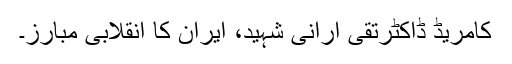
کامریڈ ڈاکٹرتقی ارانی شہید، ایران کا انقلابی مبارز۔